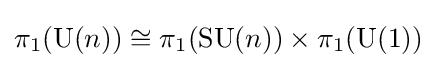
\pi _{1}(\operatorname {U} (n))\cong \pi _{1}(\operatorname {SU} (n))\times \pi _{1}(\operatorname {U} (1))